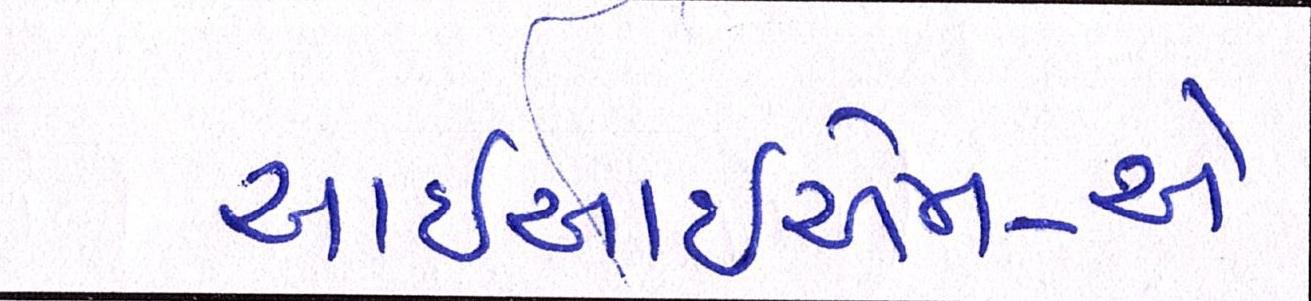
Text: આઇઆઇએમ-એ